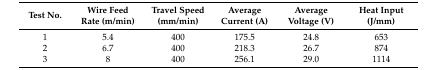
<table><thead><tr><td><b>Test No.</b></td><td><b>Wire Feed Rate (m/min)</b></td><td><b>Travel Speed (mm/min)</b></td><td><b>Average Current (A)</b></td><td><b>Average Voltage (V)</b></td><td><b>Heat Input (J/mm)</b></td></tr></thead><tbody><tr><td>1</td><td>5.4</td><td>400</td><td>175.5</td><td>24.8</td><td>653</td></tr><tr><td>2</td><td>6.7</td><td>400</td><td>218.3</td><td>26.7</td><td>874</td></tr><tr><td>3</td><td>8</td><td>400</td><td>256.1</td><td>29.0</td><td>1114</td></tr></tbody></table>